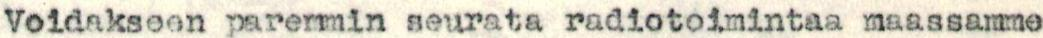
Voidakseen paremmin seurata radiotoimintaa maassamme